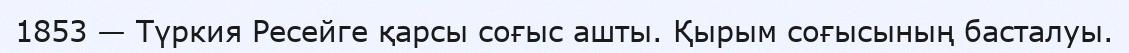
1853 — Түркия Ресейге қарсы соғыс ашты. Қырым соғысының басталуы.